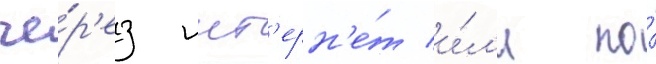
че́р'ез инт'ерн'е́т и́л'и по́